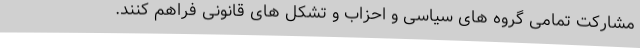
مشارکت تمامی گروه های سیاسی و احزاب و تشکل های قانونی فراهم کنند.